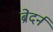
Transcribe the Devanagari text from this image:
ब्रेदर्न